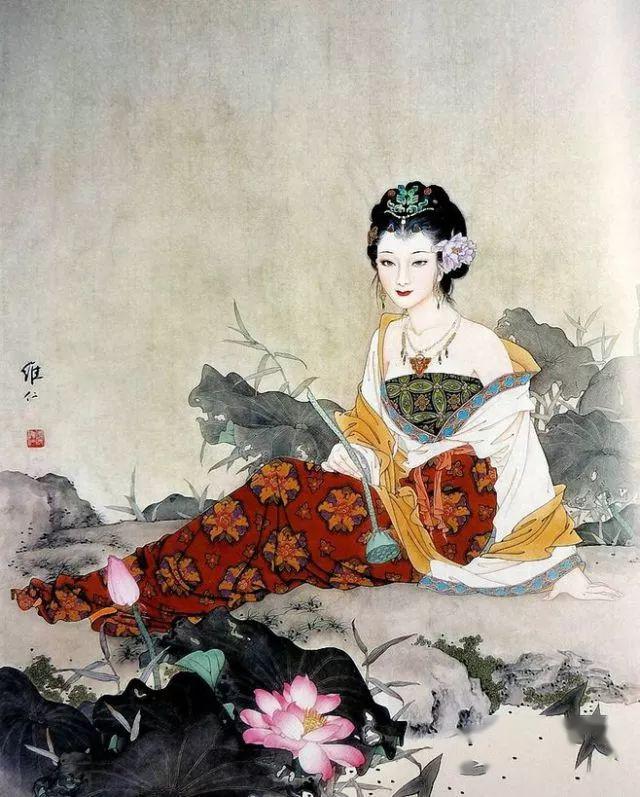
农夫无草莱之事则不比商贾无市井之事则不比